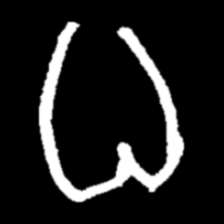
Pyu character \u2014 Myanmar letter: ဓ (romanized: dha)